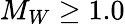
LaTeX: M_{W}\geq 1.0